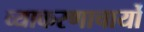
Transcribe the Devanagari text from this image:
व्याकरणाचार्यो